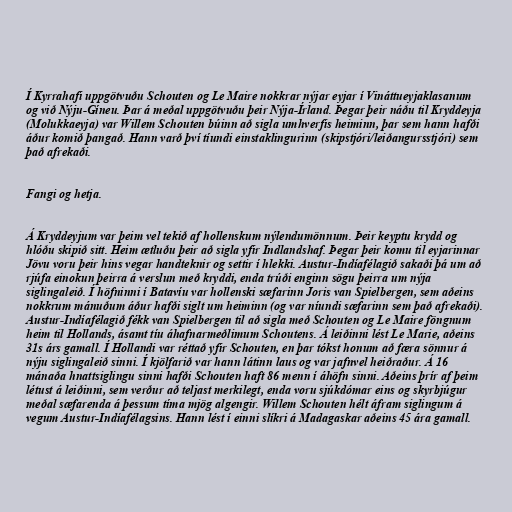
Í Kyrrahafi uppgötvuðu Schouten og Le Maire nokkrar nýjar eyjar í Vináttueyjaklasanum
og við Nýju-Gíneu. Þar á meðal uppgötvuðu þeir Nýja-Írland. Þegar þeir náðu til Kryddeyja
(Molukkaeyja) var Willem Schouten búinn að sigla umhverfis heiminn, þar sem hann hafði
áður komið þangað. Hann varð því tíundi einstaklingurinn (skipstjóri/leiðangursstjóri) sem
það afrekaði.

Fangi og hetja.

Á Kryddeyjum var þeim vel tekið af hollenskum nýlendumönnum. Þeir keyptu krydd og
hlóðu skipið sitt. Heim ætluðu þeir að sigla yfir Indlandshaf. Þegar þeir komu til eyjarinnar
Jövu voru þeir hins vegar handteknir og settir í hlekki. Austur-Indíafélagið sakaði þá um að
rjúfa einokun þeirra á verslun með kryddi, enda trúði enginn sögu þeirra um nýja
siglingaleið. Í höfninni í Batavíu var hollenski sæfarinn Joris van Spielbergen, sem aðeins
nokkrum mánuðum áður hafði siglt um heiminn (og var níundi sæfarinn sem það afrekaði).
Austur-Indíafélagið fékk van Spielbergen til að sigla með Schouten og Le Maire föngnum
heim til Hollands, ásamt tíu áhafnarmeðlimum Schoutens. Á leiðinni lést Le Marie, aðeins
31s árs gamall. Í Hollandi var réttað yfir Schouten, en þar tókst honum að færa sönnur á
nýju siglingaleið sinni. Í kjölfarið var hann látinn laus og var jafnvel heiðraður. Á 16
mánaða hnattsiglingu sinni hafði Schouten haft 86 menn í áhöfn sinni. Aðeins þrír af þeim
létust á leiðinni, sem verður að teljast merkilegt, enda voru sjúkdómar eins og skyrbjúgur
meðal sæfarenda á þessum tíma mjög algengir. Willem Schouten hélt áfram siglingum á
vegum Austur-Indíafélagsins. Hann lést í einni slíkri á Madagaskar aðeins 45 ára gamall.